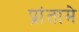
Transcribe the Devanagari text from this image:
प्रांतामे